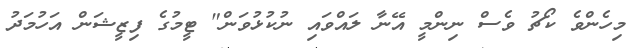
މިހެންވެ ކޯޗު ވެސް ނިންމީ އޭނާ ލައްވައި ނުކުޅުވަން" ޓީމުގެ ފިޒީޝަން އަހުމަދު